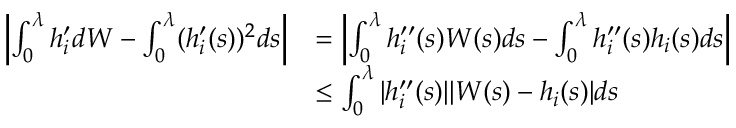
\begin{array} { r l } { \left| \int _ { 0 } ^ { \lambda } h _ { i } ^ { \prime } d W - \int _ { 0 } ^ { \lambda } ( h _ { i } ^ { \prime } ( s ) ) ^ { 2 } d s \right| } & { = \left| \int _ { 0 } ^ { \lambda } h _ { i } ^ { \prime \prime } ( s ) W ( s ) d s - \int _ { 0 } ^ { \lambda } h _ { i } ^ { \prime \prime } ( s ) h _ { i } ( s ) d s \right| } \\ & { \le \int _ { 0 } ^ { \lambda } | h _ { i } ^ { \prime \prime } ( s ) | | W ( s ) - h _ { i } ( s ) | d s } \end{array}